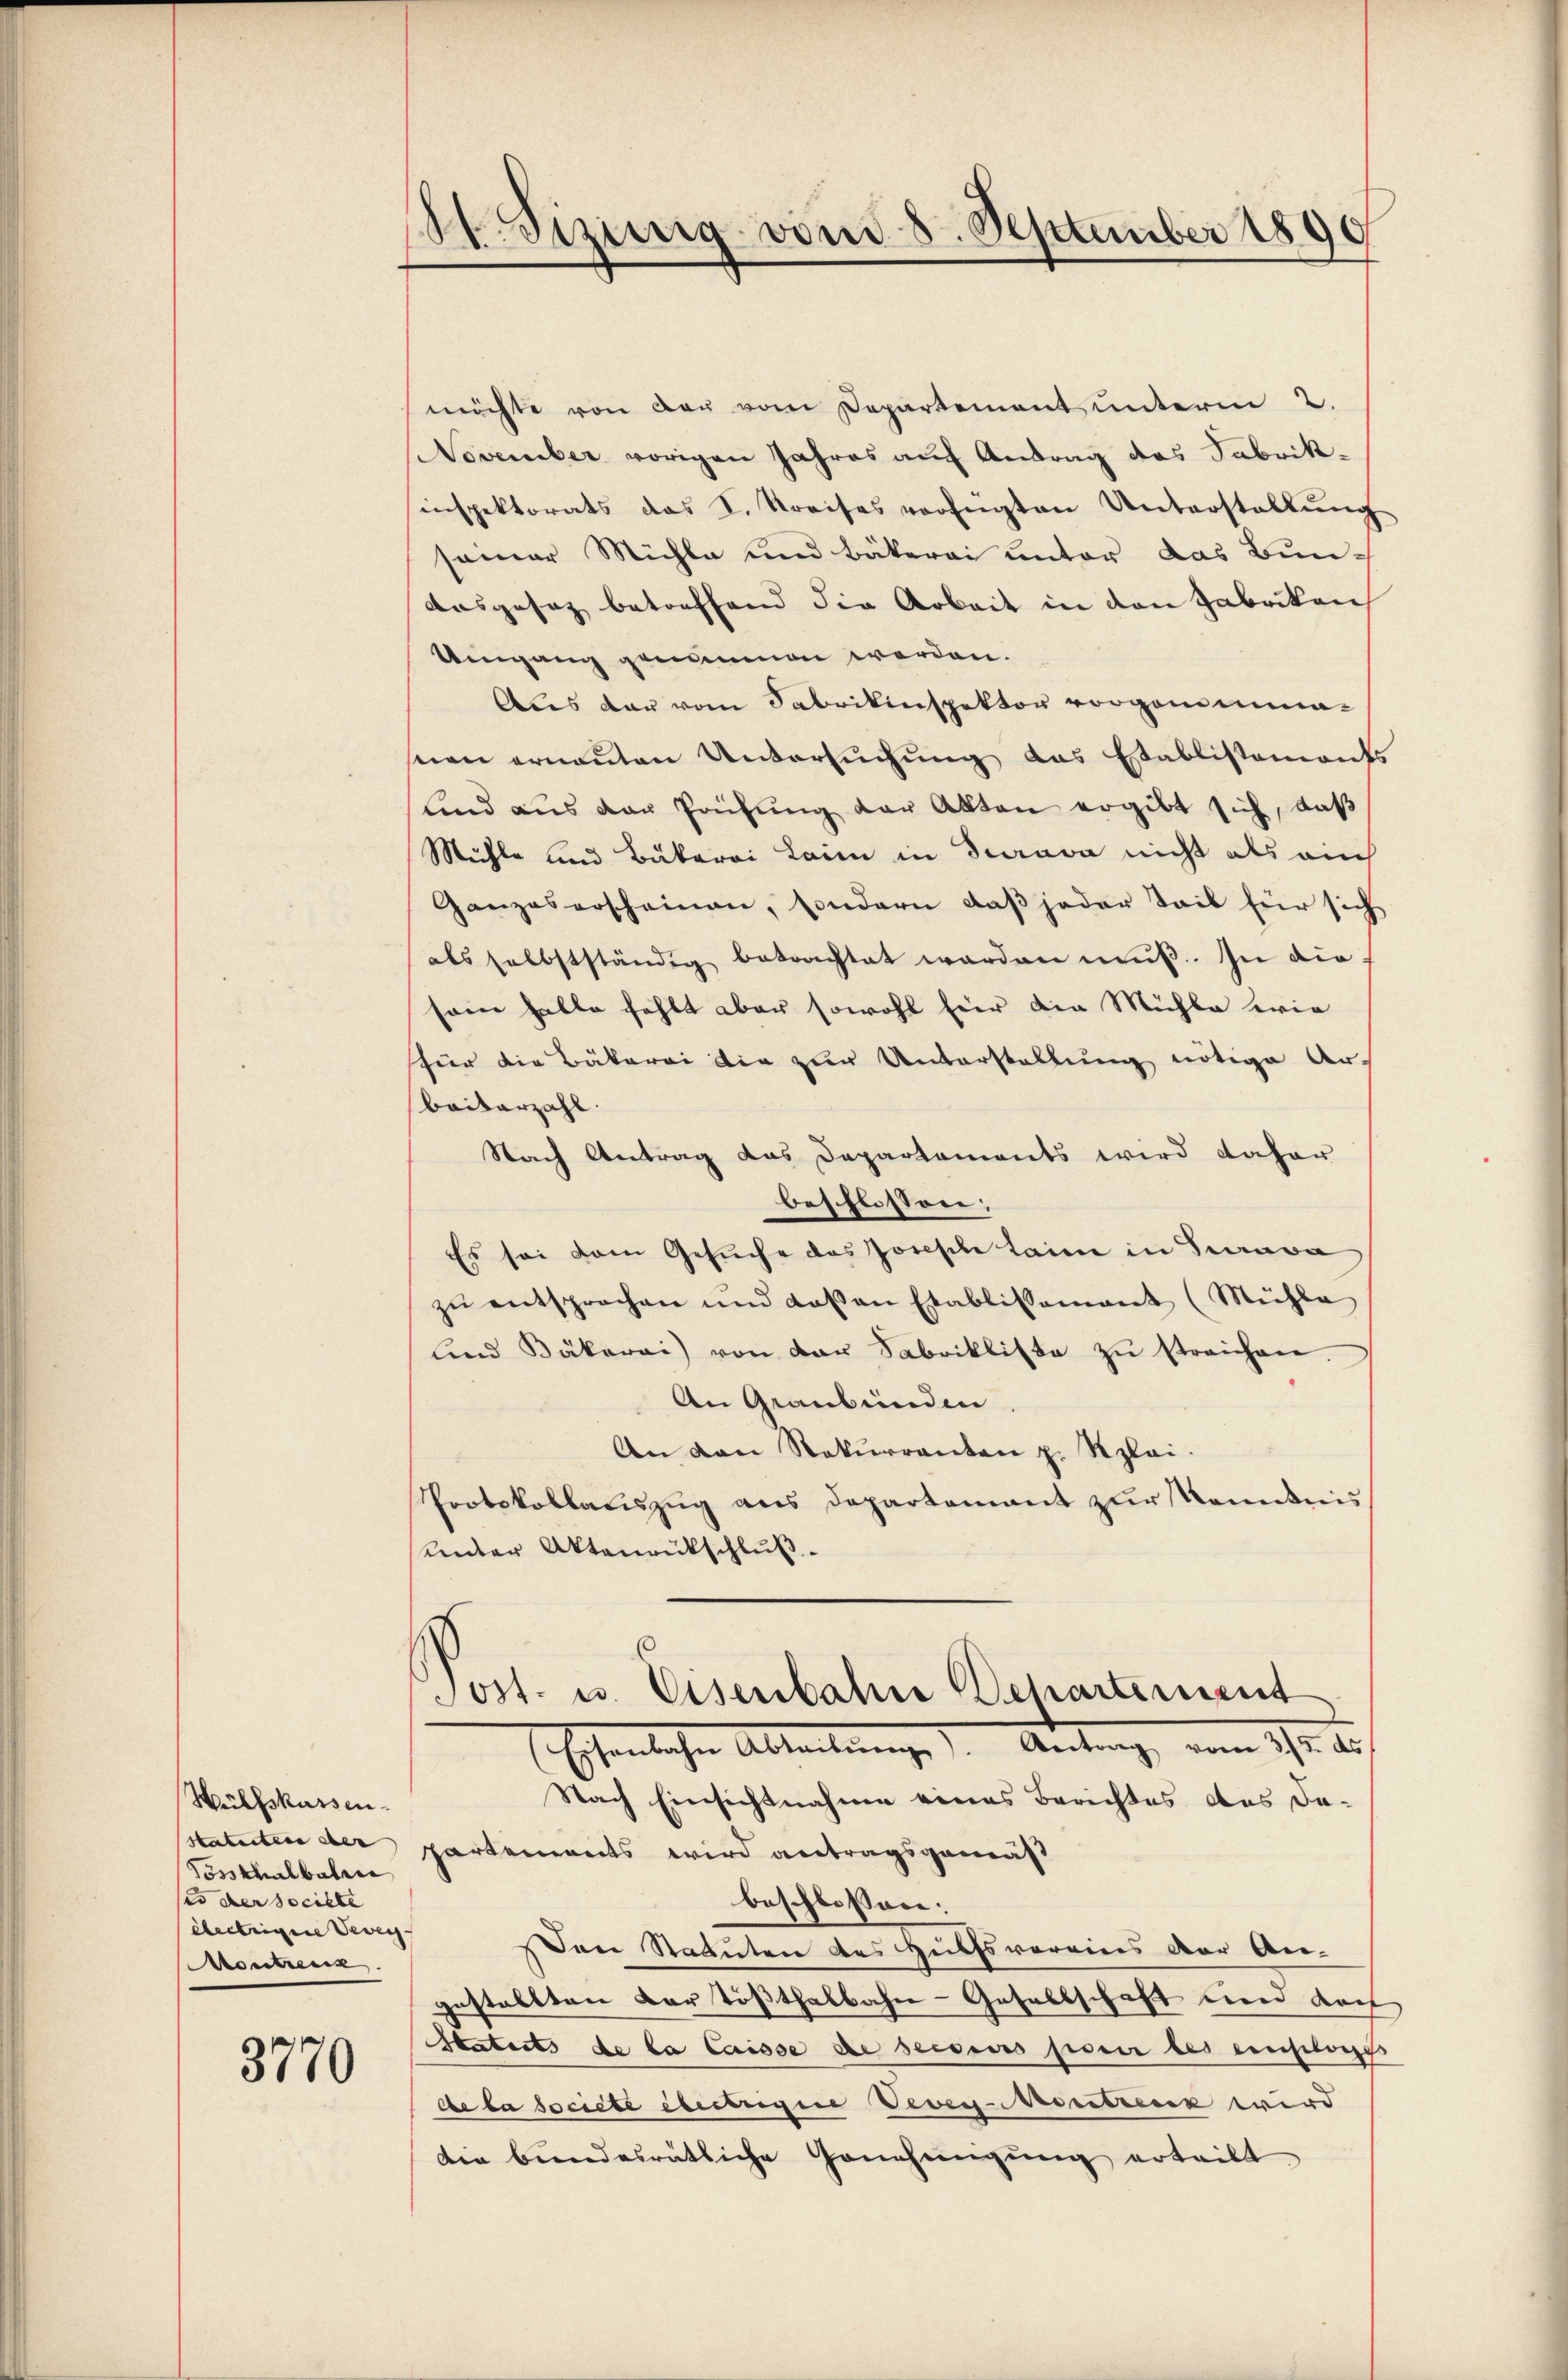
Hülfskassen.
Tosshalbahre
ses der societe
ebertrigene Vevey
Montreck

3770

10. Sizinig von d. 8. September 1890

möchte von der vom Departement unterm 2.
November vorigen Jahres auf Antrag des Fabrikinspektorats das I. Kreises verfügten Unterstellŭng
seiner Mühle und Bäkerei unter das Bun-
ausgesez betreffend die Arbeit in den Fabriken
Umgang genommen werden.
Als dar vom Sabrikinspektor vorgendenmaseien ernanten Untersuchung das Etablissements
lind aus der Pachŭng der Akten ergibt sich, daß
Mühle und Bäkerei Laim in Sarava nicht als auch
Ganzes erscheinen, sondern daß jeder Seil für sich
als selbstständig betrachtet werden mŭβ. In die
sein Halle fehlt aber sowohl hier die Mühle wie
für die Bäkerei die zur Unterstellung nötige Arbaitarzahl.
Nach Antrag das Departements wird daher
beschlossen;
Es sei dem Gesŭche des Joseph Laime in Sava
zŭ entsprochen und deßen Etablissamant (Mühle
lind Bäkerai) von der Fabrikliste zŭ streichen.
An Graubünden.
An den Rekurrenten p. Rplai.
PProtokollauszug aus Departement zur Kenntnis
unter Aktenrückschluß.
Post- u. Eisenbahne Departement
Esenlichen Abteilung). Antrag, vom 21ste es
Nach Einsichtnahme eines Berechtes des dasstatuten der partements wird antragsgemäß
beschlossen:
Den Statuten des Hülfsvereins der An-
gestellten Darstößthalbahn-Gesellschaft und doc
Statirt de la caisse de secours pour les eingelege
de la societe ebertregie Vevey-Mesretreuen wird
die bundesrätliche Genehmigŭng erteilt